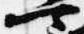
可